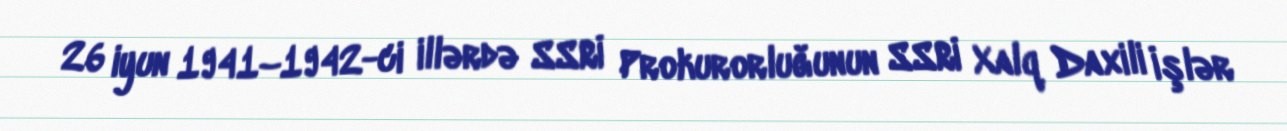
26 iyun 1941–1942-ci illərdə SSRİ Prokurorluğunun SSRİ Xalq Daxili İşlər